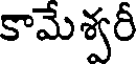
కామేశ్వరీ